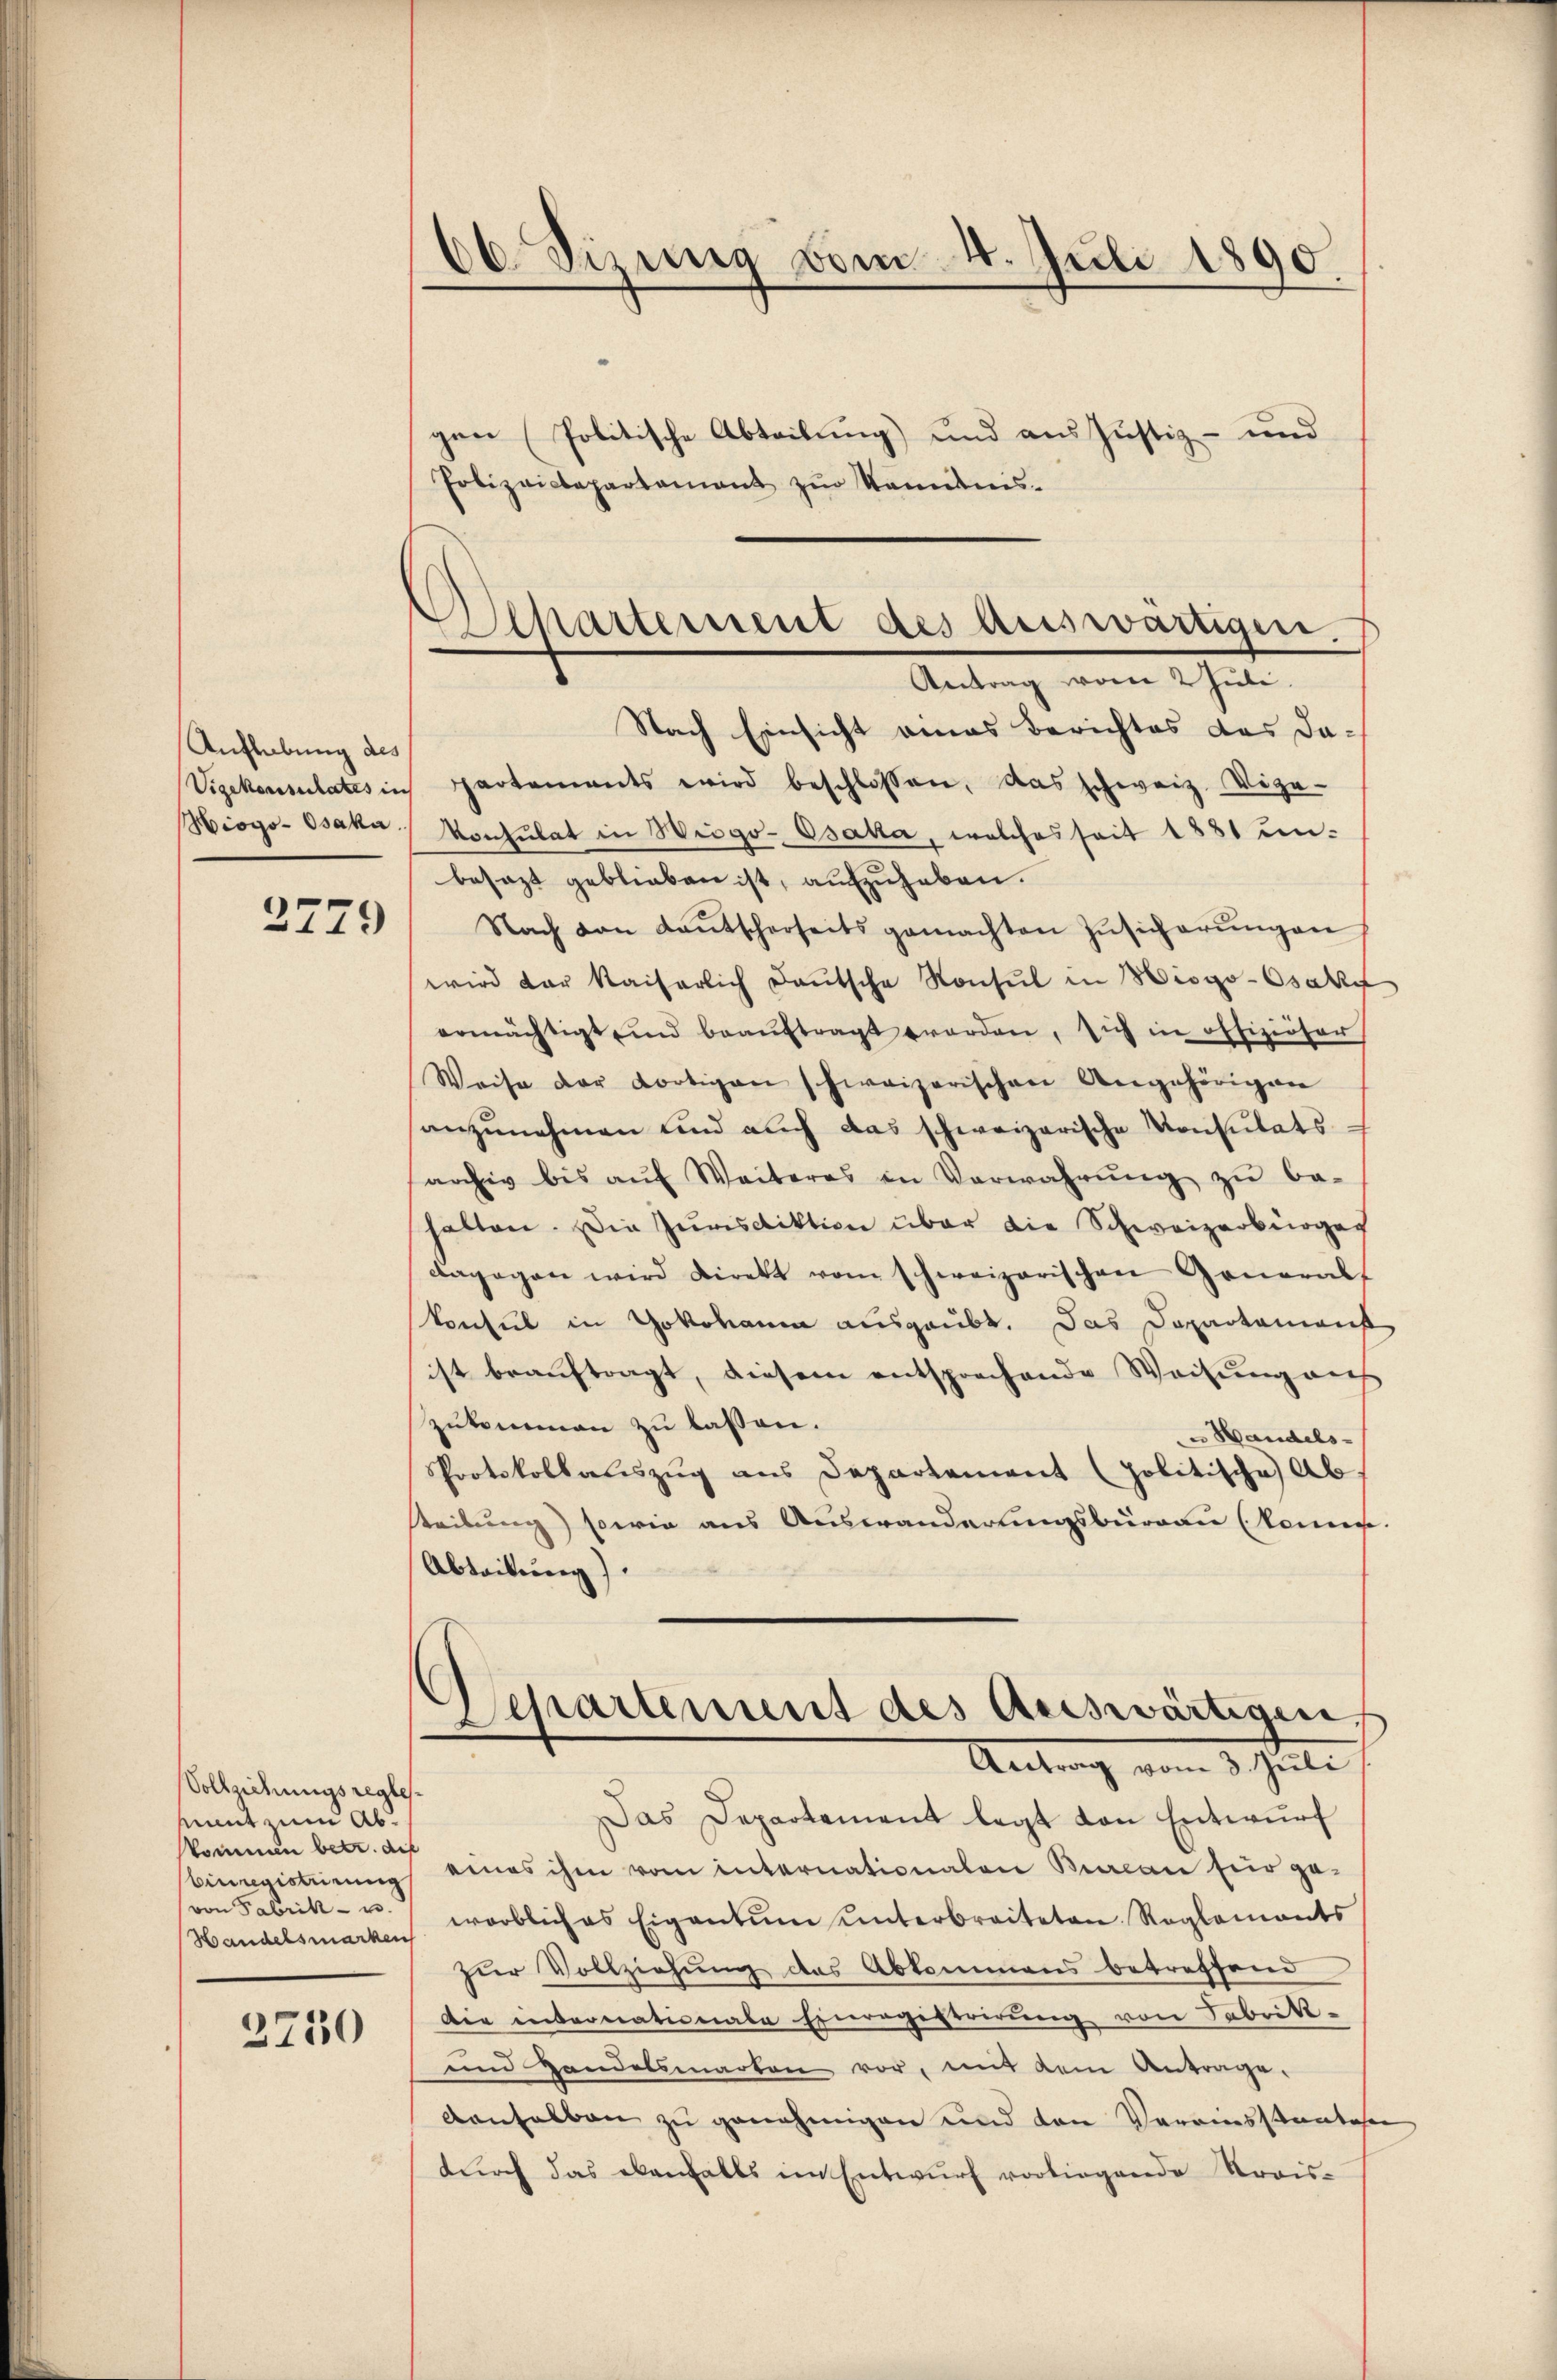
Auflebung des
Hiogo-Osaka.

2779

Vollziehungsreglemint zum Abkommen betr. die
binregistrirung
(von Fabrik- u.
Handelsmarken

2750

66 Sizung vom 4. Juli 1890

Alkartement des Auswärtigen.
e
Antrag vom 2 Juli.

gen (Politische Abteilung) und aus Justiz- und
Polizvicbapartement zŭr Nominis-
Nach Einsicht eines Berichtes das da¬
Vizekonsulates in partements wird beschlossen, das schweiz. Vize-
Konsulat in Wiego-Osaka, welches seit 1881 un-
besezt geblieben ist, aufzuheben.
Nach von Laŭtscherseits gemachten Zŭsicherŭngen
wird der Kaiserlich deŭtsche Konsul in Hisgo-Osaky
ermächtigt und beaŭftragt worden, sich in offiziöser
Weise der dortigen schweizerischen Angehörigen
anzunehmen und auch das schweizerische Konsulats-
archiv bis aŭf Weiteres in Verwahrŭng zŭ be-
halten. Die Jurisdiktion über die Schweizerbürger
dagegen wird direkt vom schweizerischen Generalf
konsul in Yokohann ausgaubt. Das Departamens
ist beauftragt, diesem entsprechende Weisung auf
zŭkommen zu lassen.
u Handels-
SProtokollaŭszŭg ans Departement (politische Ab-
steilung) sowie aus Auswanderungsbürgau (kann
Abteilung).
Osepartement des Auswärtigen,
Antrag vom 3. Juli
Das Departement legt von Entwurf
eines ihm vom internationaten Burcan fiir ge-
werblich es Eigentum unterbreiteten Reglements
zur Vollziehung des Abkommens betreffend
die internationale Einregistrirŭng von Fabrik-
und Handelsmarken vor, mit dem Antrage.
danhalben zu genehmigen und von Vereinsstantes
dŭrch das ebenfalls im Entwŭrf vorliegende Krais-